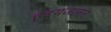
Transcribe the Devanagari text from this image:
हृदयजलन